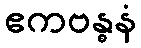
ဧကဗန္ဓနံ